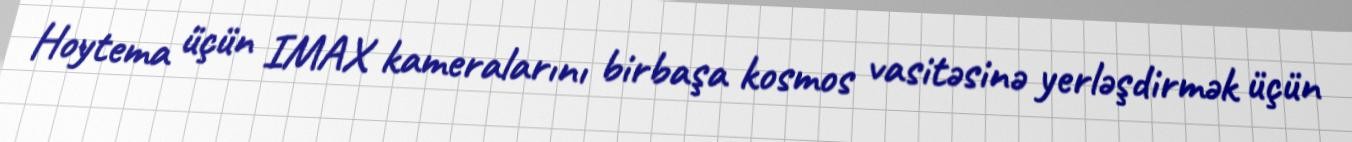
Hoytema üçün IMAX kameralarını birbaşa kosmos vasitəsinə yerləşdirmək üçün